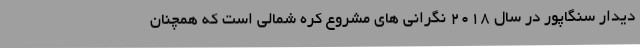
دیدار سنگاپور در سال 2018 نگرانی های مشروع کره شمالی است که همچنان